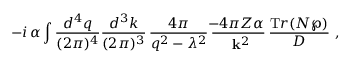
- i \, \alpha \int \frac { d ^ { 4 } q } { ( 2 \pi ) ^ { 4 } } \frac { d ^ { 3 } k } { ( 2 \pi ) ^ { 3 } } \, \frac { 4 \pi } { q ^ { 2 } - \lambda ^ { 2 } } \, \frac { \! \! - 4 \pi Z \alpha } { ~ { \bf k } ^ { 2 } } \, \frac { { \mathrm T r } ( { \cal N } \wp ) } { \cal D } ~ ,